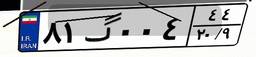
۲۲گ۲۹۴۶۲